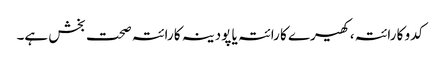
کدو کا رائتہ، کھیرے کا رائتہ یا پودینہ کا رائتہ صحت بخش ہے۔